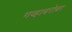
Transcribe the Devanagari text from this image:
गव्हाबरोबर